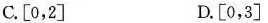
C.[0,2] D.[0,3]